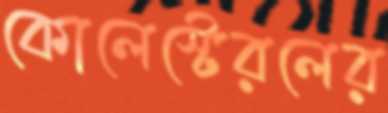
কোলেস্টেরলের